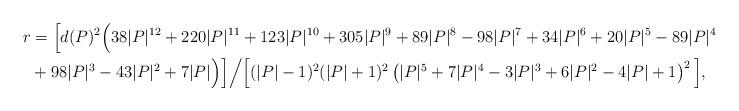
LaTeX: \begin{align*} r & = \Big[ d(P)^2 \Big(38 |P|^{12}+220 |P|^{11}+123 |P|^{10}+305 |P|^9+89 |P|^8-98 |P|^7+34 |P|^6+20 |P|^5-89 |P|^4 \\ &+98 |P|^3-43 |P|^2+7|P| \Big) \Big] \Big/ \Big[ (|P|-1)^2 (|P|+1)^2 \left(|P|^5+7 |P|^4-3 |P|^3+6 |P|^2-4 |P|+1\right)^2 \Big], \end{align*}